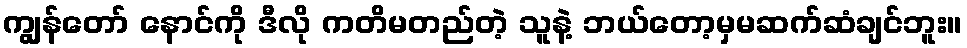
ကျွန်တော် နောင်ကို ဒီလို ကတိမတည်တဲ့ သူနဲ့ ဘယ်တော့မှမဆက်ဆံချင်ဘူး။